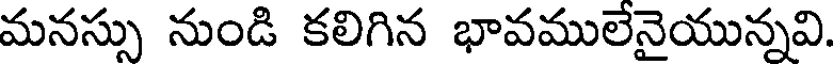
మనస్సు నుండి కలిగిన భావములేనైయున్నవి.